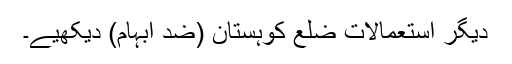
دیگر استعمالات ضلع کوہستان (ضد ابہام) دیکھیے۔